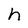
Character: h